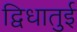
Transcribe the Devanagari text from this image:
द्विधातुई